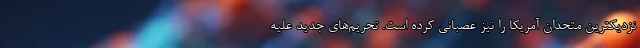
نزدیکترین متحدان آمریکا را نیز عصبانی کرده است. تحریم‌های جدید علیه